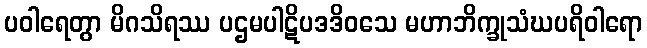
ပဝါရေတွာ မိဂသိရဿ ပဌမပါဋိပဒဒိဝသေ မဟာဘိက္ခုသံဃပရိဝါရော